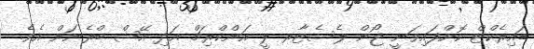
ޑައިރެކްޓް ކޮށްފައިވަނީ ޖޯން ލެސެޓާރ ލީ އަންކްރިޗް އަދި އޭޝް ބްރެނަން އެވެ.